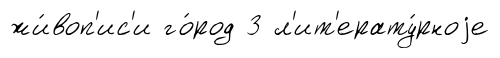
жи́воп'ис'и го́род 3 л'ит'ерату́рноjе